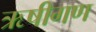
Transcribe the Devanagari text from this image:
ऋषीगण